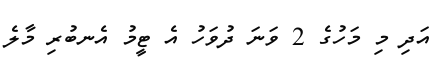
އަދި މި މަހުގެ 2 ވަނަ ދުވަހު އެ ޓީމު އެނބުރި މާލެ